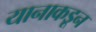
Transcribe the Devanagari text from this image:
यानाकडून